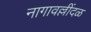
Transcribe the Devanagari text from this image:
नागावल्लींदळ